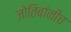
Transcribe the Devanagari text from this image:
जोतिबांनीच